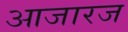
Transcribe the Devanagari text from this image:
आजारज